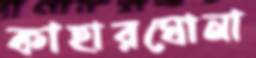
কাহারঘোনা